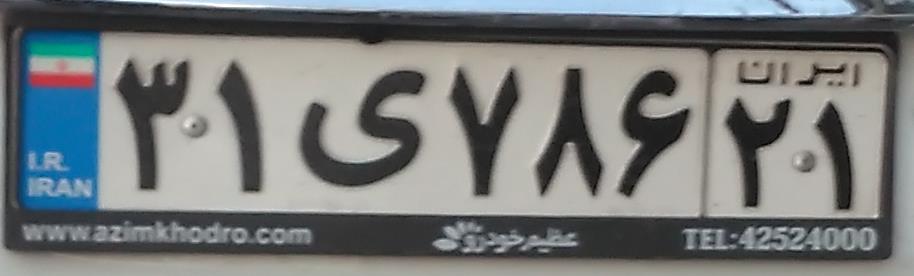
۳۱ی۷۸۶۲۱